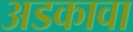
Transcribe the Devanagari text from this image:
अडकावा